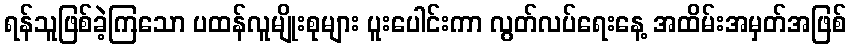
ရန်သူဖြစ်ခဲ့ကြသော ပထန်လူမျိုးစုများ ပူးပေါင်းကာ လွတ်လပ်ရေးနေ့ အထိမ်းအမှတ်အဖြစ်